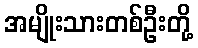
အမျိုးသားတစ်ဦးတို့